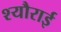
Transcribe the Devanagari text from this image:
श्यौराई